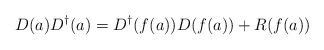
\begin{align*}D(a)D^\dagger (a)=D^\dagger (f(a))D(f(a))+R(f(a))\end{align*}